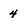
Character: 4